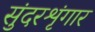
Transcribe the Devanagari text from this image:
सुंदरशृंगार